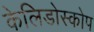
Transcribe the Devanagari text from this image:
केलिडोस्कोप